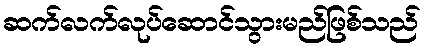
ဆက်လက်လုပ်ဆောင်သွားမည်ဖြစ်သည်